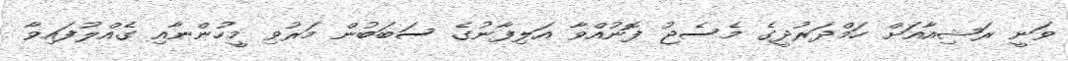
ވަނީ ރަޝިއާއަށް ހަމްދަރުދީގެ މެސެޖު ފޮނުއްވާ އަލިފާނުގެ ސަބަބުން މަރުވި މީހުންނާއި ގެއްލުފައިވާ